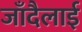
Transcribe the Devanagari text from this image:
जाँदैलाई